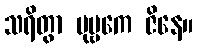
သရိတွာ ပုဗ္ဗကေ ဇိနေ။